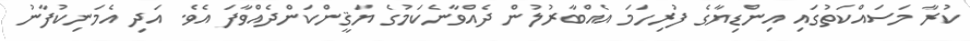
ކުރާ މަސައްކަތުގައި އިންޑިޔާގެ ފުރިހަމަ އެއްބާރުލުން ދެއްވާނެކަމުގެ ޔަޤީންކަންދެއްވާފަ އެވެ. އަދި އެމަނިކުފާނު